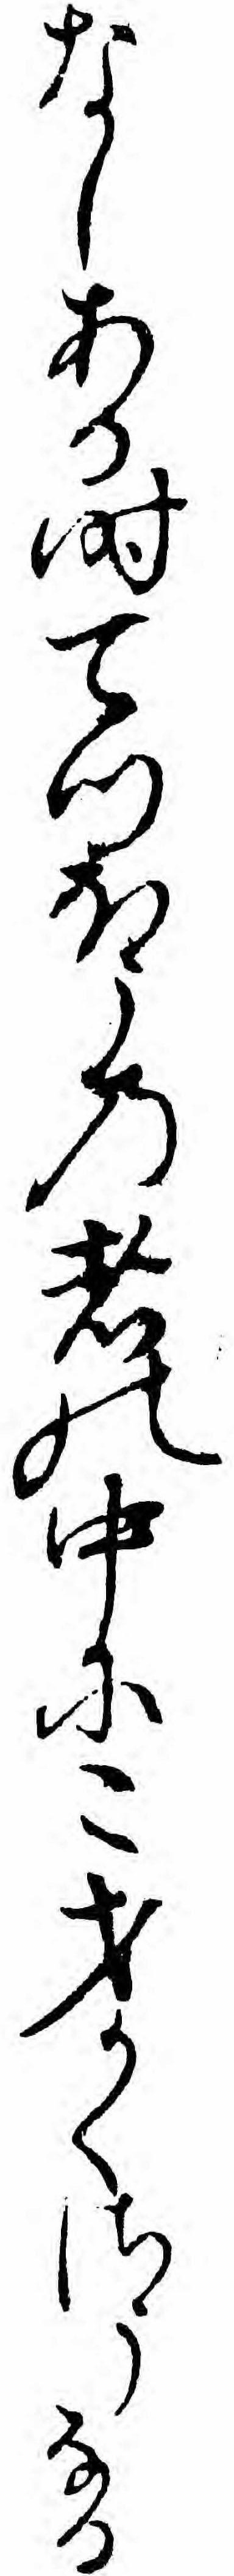
なしある時てつほうの者の中にこ才かくさうなる